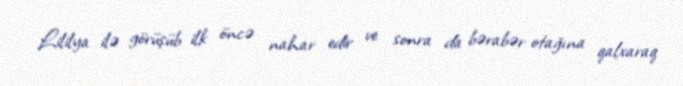
Lililya ilə görüşüb ilk öncə nahar edir ve sonra da bərabər otağına qalxaraq